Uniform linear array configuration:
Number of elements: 32
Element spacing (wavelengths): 1
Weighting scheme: blackman
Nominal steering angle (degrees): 30
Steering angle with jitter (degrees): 31.415
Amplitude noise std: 0.05
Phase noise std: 0.05

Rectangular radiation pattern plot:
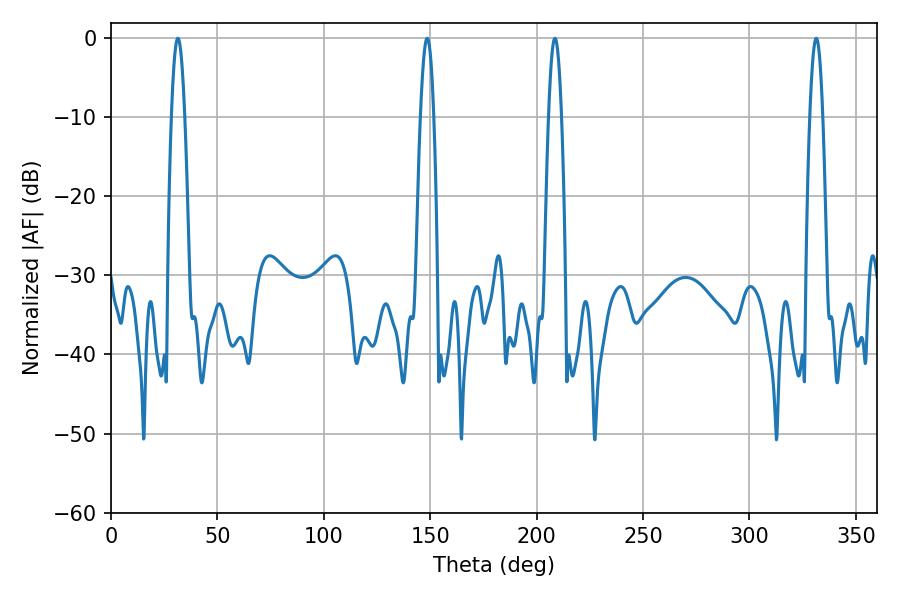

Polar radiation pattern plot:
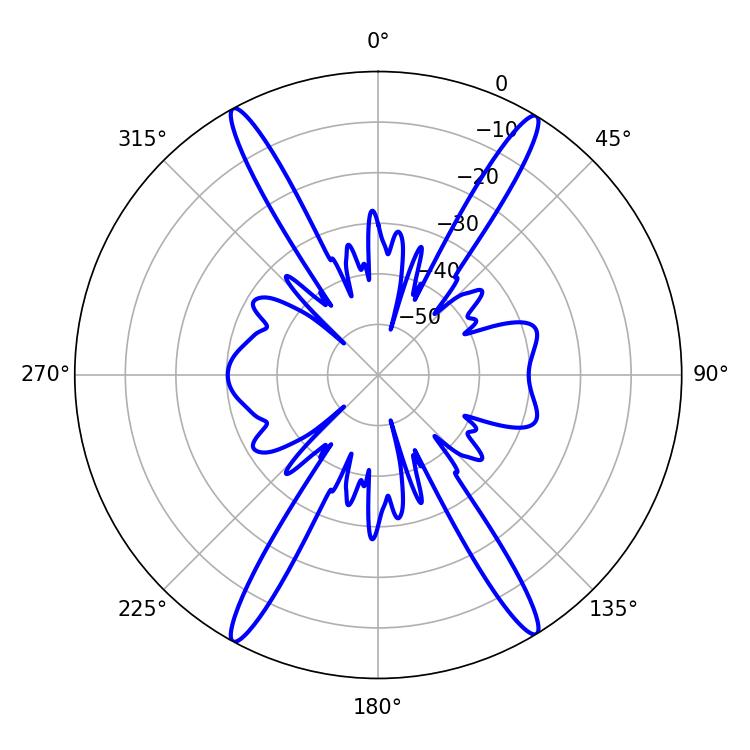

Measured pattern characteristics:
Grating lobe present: TRUE
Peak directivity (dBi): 24.071
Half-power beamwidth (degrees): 3.24
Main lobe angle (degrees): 208.62